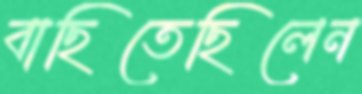
বাছিতেছিলেন